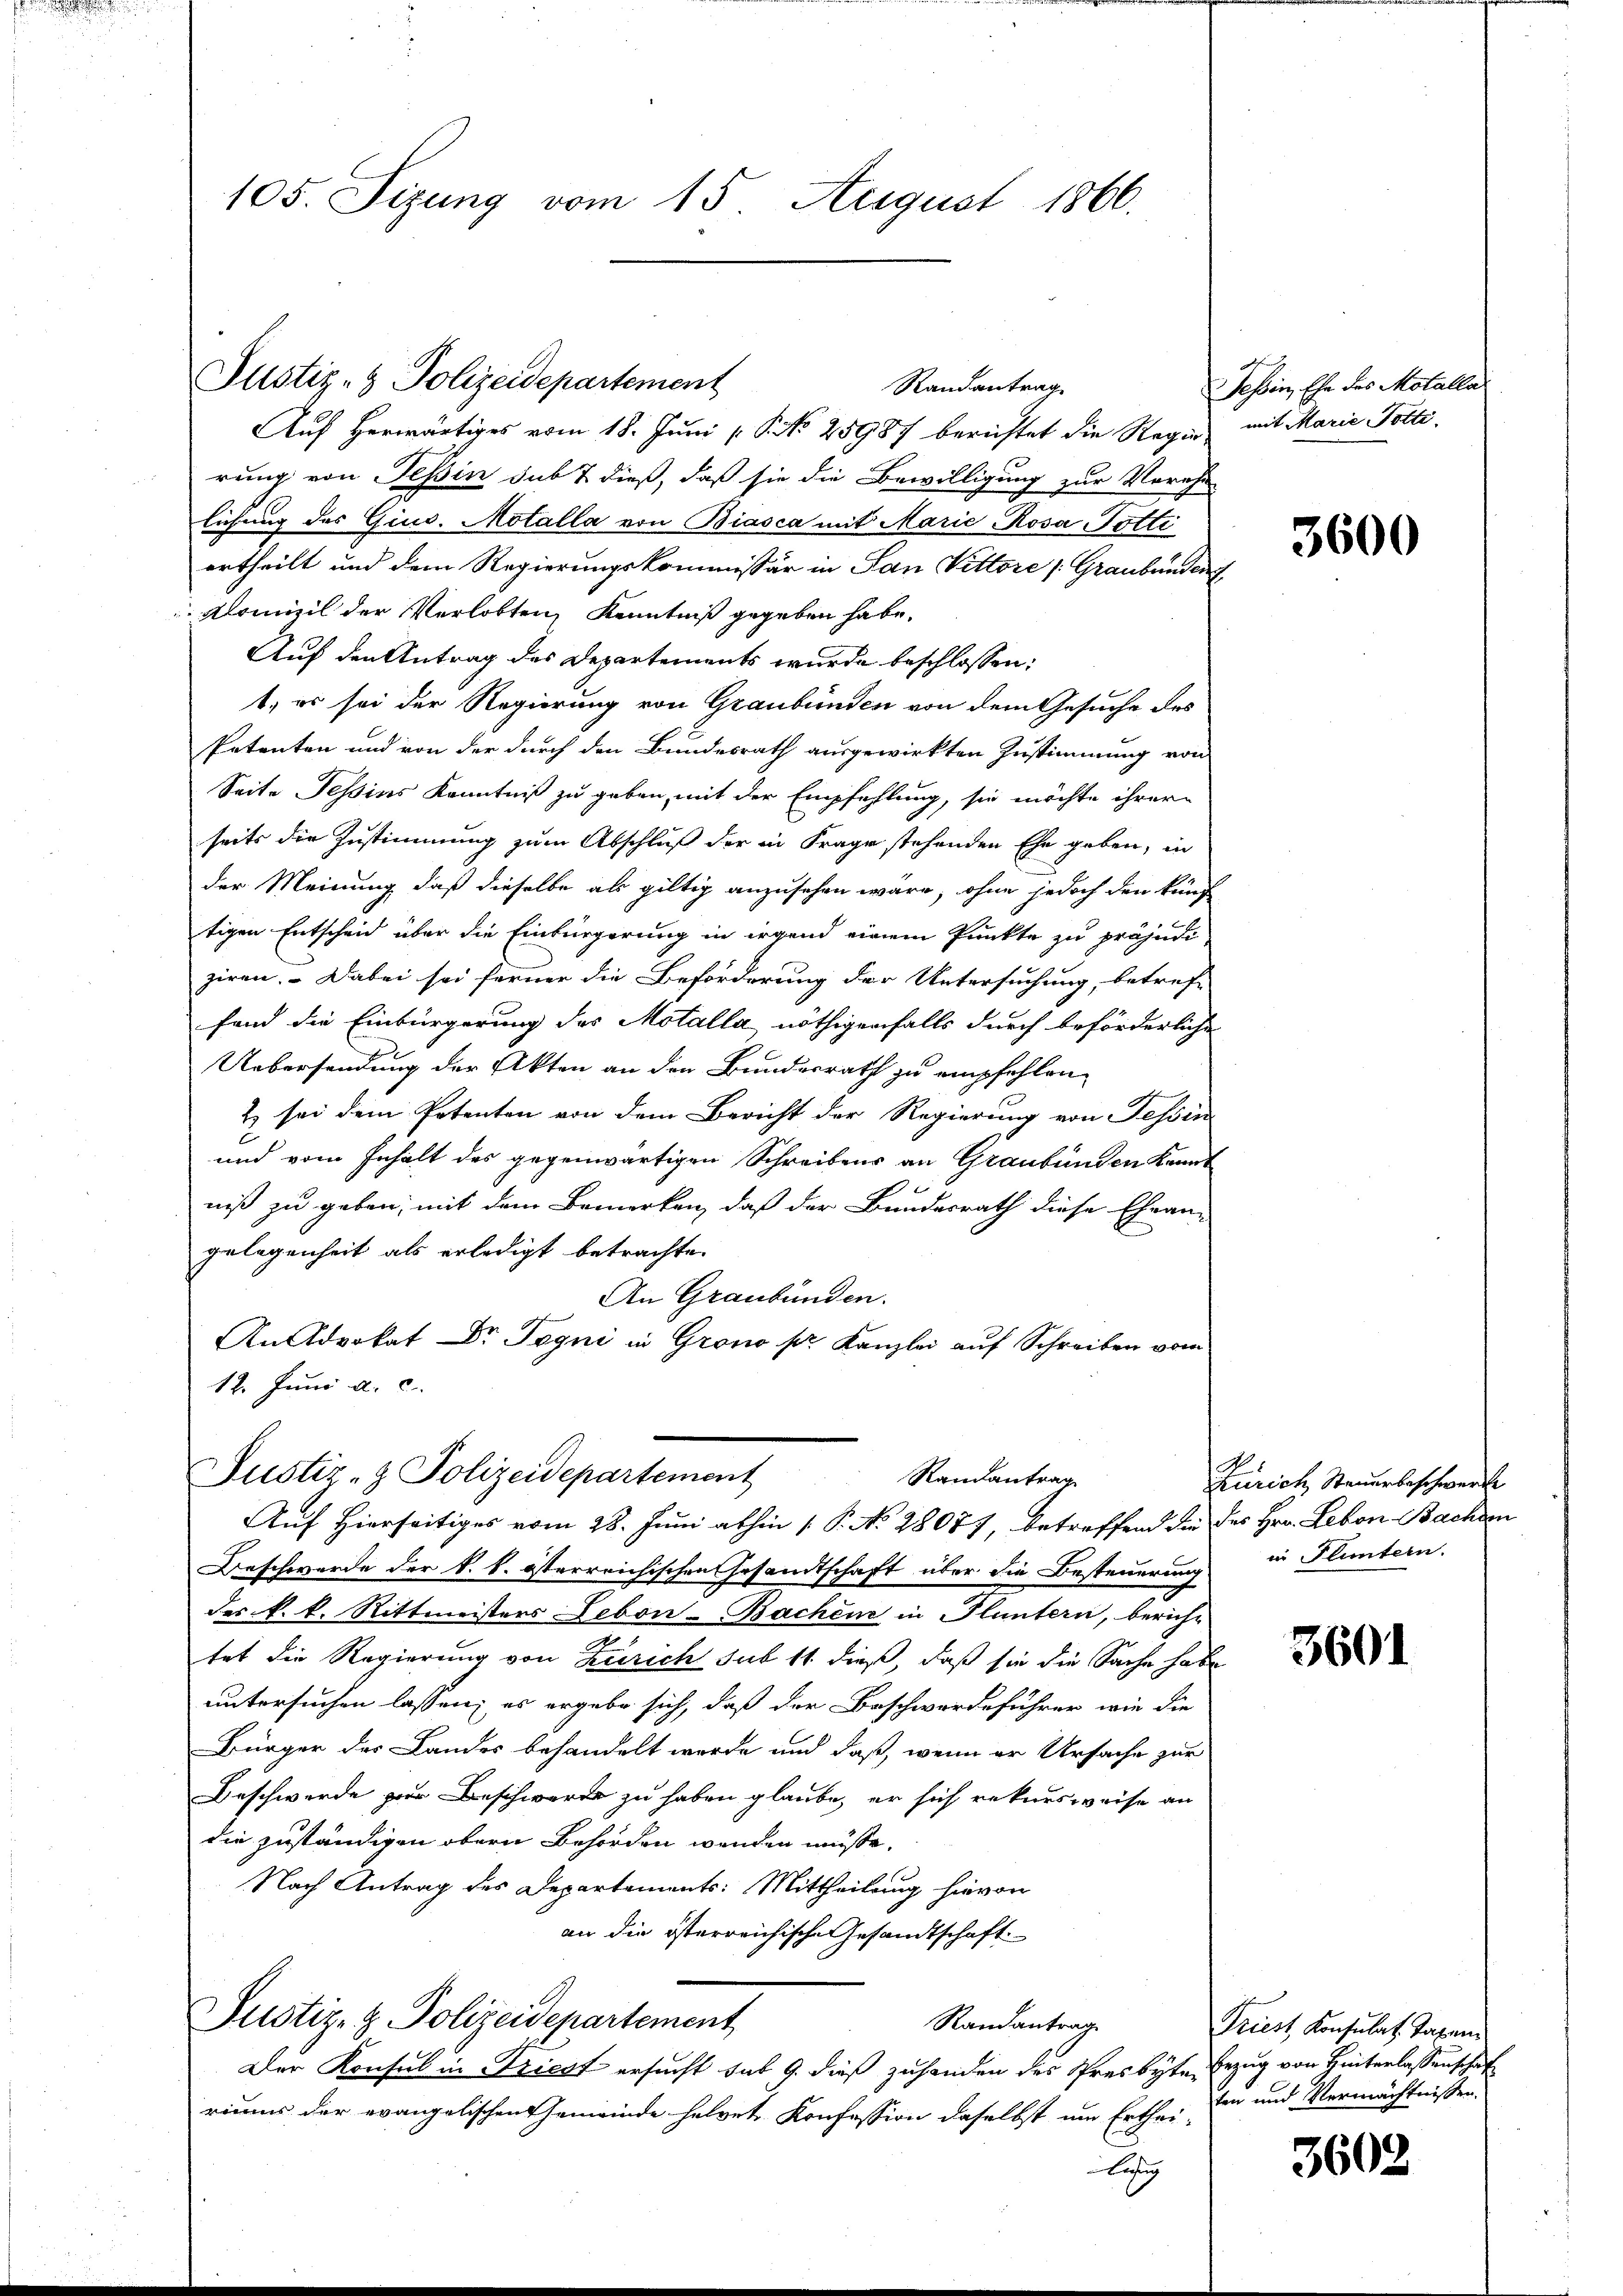
105. Sizung vom 15. August 1866.

Justiz- & Polizeidepartement

Auf herwärtiges vom 18. Juni [ P. No 25987 berichtet die Regen mit Marie Polte.
rung von Tessin sub 7 dieß, daß sie die Bewilligung zur Verehe-
lichung des Gins. Motalla von Biasca mit Marie Rosa Potti
ertheilt und dem Regierungskommissär in San Vittore /: Graubünden
Klomizil der Verlobten, Kenntniß gegeben habe.
Auf den Antrag des Departements wurde beschlossen:
1. es sei der Regierung von Graubünden von dem Gesuche des
Petenten und von der durch den Bundesrath ausgewirkten Zustimmung von
Seite Tessins Kenntniß zu geben, mit der Empfehlung, sie möchte ihrere
seits die Zustimmung zum Abschluß der in Frage stehenden Ehe geben, in
der Meinung, daß dieselbe als gültig anzusehen wäre, ohne jedoch den künf-
tigen Entscheid über die Einbürgerung in irgend einem Punkte zu präjudi
ziren. - Dabei sei ferner die Beförderung der Untersuchung, betreff
fand die Einbürgerung des Motalla nöthigenfalls durch beförderliche
Uebersendung der Akten an den Bundesrath zu empfehlen,
2) sei dem Petenten von dem Bericht der Regierung von Tessin
und vom Inhalt des gegenwärtigen Schreibens an Graubünden kannt
niß zu geben; mit dem Bemerken, daß der Bundesrath diese Ehean-
gelegenheit als erledigt betrachte.
An Graubünden.
An Advokat Dr. Tegni in Grono pr. Kanzlei auf Schreiben vom
12. Juni d. c.

Randantrag

Justiz- & Polizeidepartement
Randantrag
Auf Hierseitiges vom 28. Juni abhin 1. P. No 28077, betreffend die des Hrn. Leben Bachsen

Beschwerde der k. k. österreichischen Gesandtschaft über die Besteuerung in Plümtern.
des k. k. Rittmeisters Lebon-Bachen in Fluntern, bericht
n
tet die Regierung von Zürich sub 11. dieß, daß sie die Sache habe
untersuchen lassen; es ergebe sich, daß der Beschwerdeführer wie die
Bürger der Landes behandelt werde und daß, wenn er Ursache zur
Beschwerde zur Beschwerde zu haben glaube, er sich rekursweise an
die zuständigen obern Behörden wenden müsse.
Nach Antrag des Departements: Mittheilung hievon
an die österreichische Gesandtschaft.
Justiz- & Polizeidepartement
Randantrag
Der Konsul in Driest ersucht sub 9. dieß zuhanden des Presbyte Bezug von Hinterlassenschaf
riums der evangelischen Gemeinde helvet, Konfession daselbst um Erthei-
läsig

Tessin, Ehe des Motallas

3600

Zürich Steuerbeschwerde

3601

Triest Konsulat Taxen
ten und Vermächtnissen.

3602